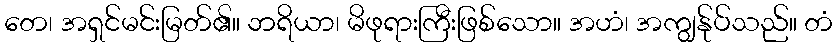
တေ၊ အရှင်မင်းမြတ်၏။ ဘရိယာ၊ မိဖုရားကြီးဖြစ်သော။ အဟံ၊ အကျွန်ုပ်သည်။ တံ